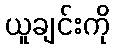
ယူချင်းကို